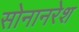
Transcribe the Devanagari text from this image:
सोनानरेश